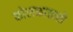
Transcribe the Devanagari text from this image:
कोलकातासे